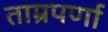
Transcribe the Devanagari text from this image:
ताम्रपर्णा